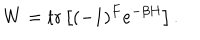
W = \mathrm { t r } \left[ ( - 1 ) ^ { F } e ^ { - \beta H } \right] .